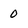
Character: 0